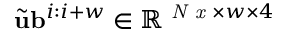
\widetilde { \mathbf { u } } \mathbf { b } ^ { i : i + w } \in \mathbb { R } ^ { \textit { N x } \times w \times 4 }